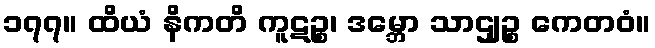
၁၇၇။ ထိယံ နိကတိ ကူဋဉ္စ၊ ဒမ္ဘော သာဌျဉ္စ ကေတဝံ။